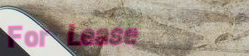
For Lease